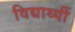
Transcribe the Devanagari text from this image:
विद्यार्थ्यी